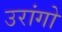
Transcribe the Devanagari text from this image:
उरांगो